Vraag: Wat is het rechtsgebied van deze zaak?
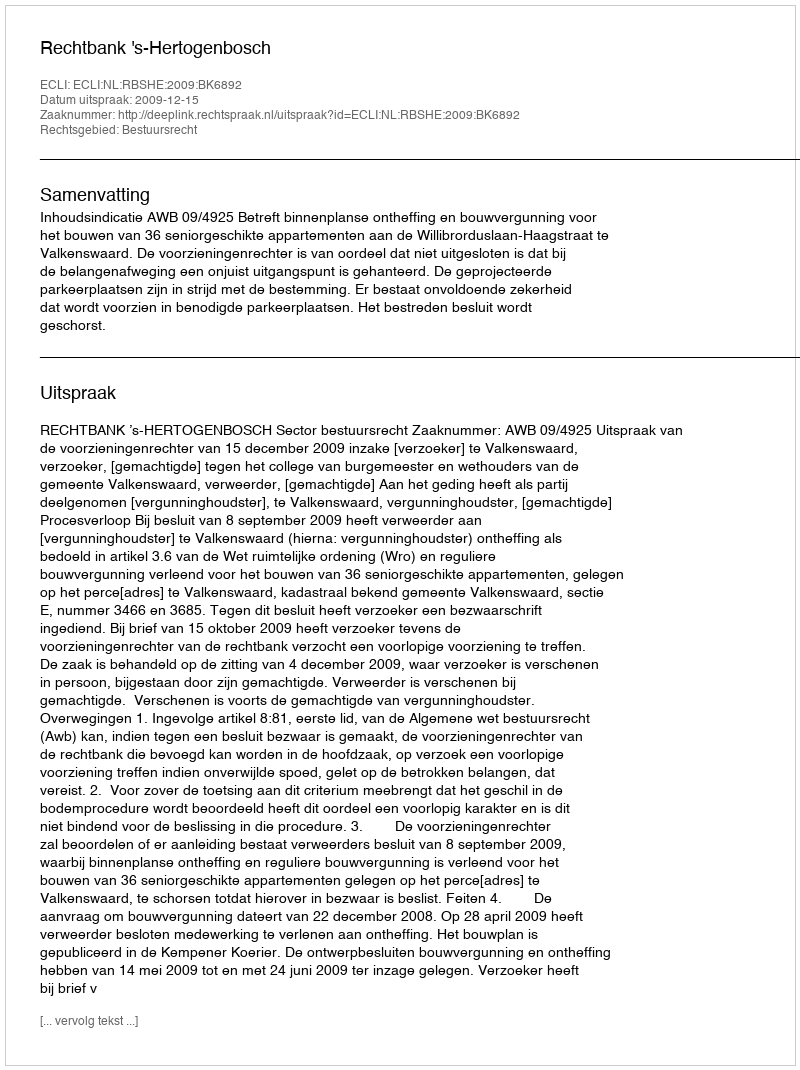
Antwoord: Bestuursrecht